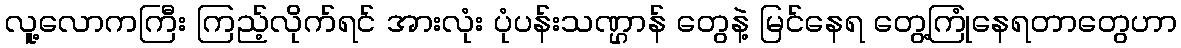
လူ့လောကကြီး ကြည့်လိုက်ရင် အားလုံး ပုံပန်းသဏ္ဌာန် တွေနဲ့ မြင်နေရ တွေ့ကြုံနေရတာတွေဟာ